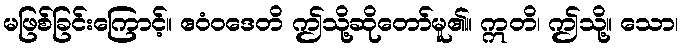
မဖြစ်ခြင်းကြောင့်။ ဧဝံဝဒေတိ ဤသို့ဆိုတော်မူ၏။ ဣတိ၊ ဤသို့။ သော၊